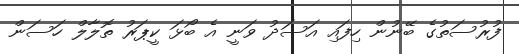
ފުރުސަތުގެ ބޭނުން ހިފައި އަސަދު ވަނީ އެ ބޯޅަ ކީޕަރު ތޮލާލް ހަސަން